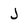
Character: J